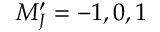
M _ { J } ^ { \prime } = - 1 , 0 , 1